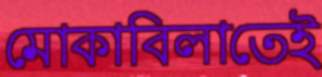
মোকাবিলাতেই